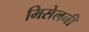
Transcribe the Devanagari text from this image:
मिसेलनी